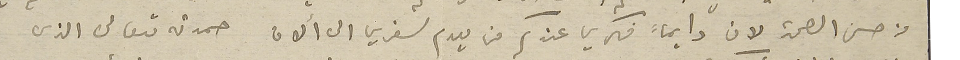
من حسن الصحة لان دايماً فكري عندكم من يوم سفري الى ألان حمدته تعالى الذى